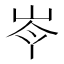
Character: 𡷉